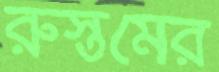
রুস্তমের